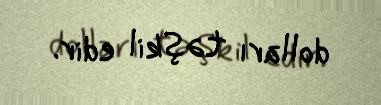
dolları təşkil edir.